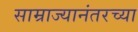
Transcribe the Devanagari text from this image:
साम्राज्यानंतरच्या